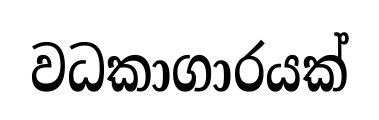
වධකාගාරයක්